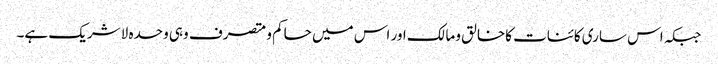
جبکہ اس ساری کائنات کاخالق ومالک اور اس میں حاکم ومتصرف وہی وحدہ لاشریک ہے۔